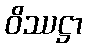
ဝိဿဋ္ဌာ